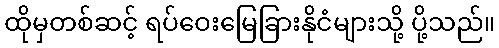
ထိုမှတစ်ဆင့် ရပ်ဝေးမြေခြားနိုငံများသို့ ပို့သည်။